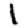
Digit: 1